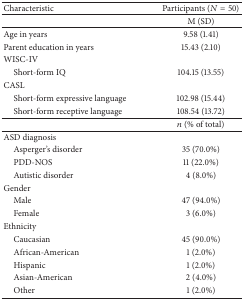
<table><thead><tr><td><b>Characteristic</b></td><td><b>Participants (<i>N</i> = 50)</b></td></tr></thead><tbody><tr><td> </td><td>M (SD)</td></tr><tr><td>Age in years</td><td>9.58 (1.41)</td></tr><tr><td>Parent education in years</td><td>15.43 (2.10)</td></tr><tr><td>WISC-IV</td><td> </td></tr><tr><td> Short-form IQ</td><td>104.15 (13.55)</td></tr><tr><td>CASL</td><td> </td></tr><tr><td> Short-form expressive language</td><td>102.98 (15.44)</td></tr><tr><td> Short-form receptive language</td><td>108.54 (13.72)</td></tr><tr><td> </td><td><i>n</i> (% of total)</td></tr><tr><td>ASD diagnosis</td><td> </td></tr><tr><td> Asperger&#x27;s disorder</td><td>35 (70.0%)</td></tr><tr><td> PDD-NOS</td><td>11 (22.0%)</td></tr><tr><td> Autistic disorder</td><td>4 (8.0%)</td></tr><tr><td>Gender</td><td> </td></tr><tr><td> Male</td><td>47 (94.0%)</td></tr><tr><td> Female</td><td>3 (6.0%)</td></tr><tr><td>Ethnicity</td><td> </td></tr><tr><td> Caucasian</td><td>45 (90.0%)</td></tr><tr><td> African-American</td><td>1 (2.0%)</td></tr><tr><td> Hispanic</td><td>1 (2.0%)</td></tr><tr><td> Asian-American</td><td>2 (4.0%)</td></tr><tr><td> Other</td><td>1 (2.0%)</td></tr></tbody></table>